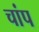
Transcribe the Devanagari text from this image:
चांप